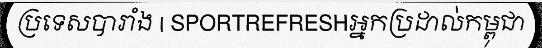
ប្រទេសបារាំង | SPORTREFRESHអ្នកប្រដាល់កម្ពុជា